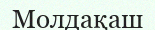
Молдақаш